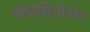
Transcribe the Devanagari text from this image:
प्रोफेसियोनेल